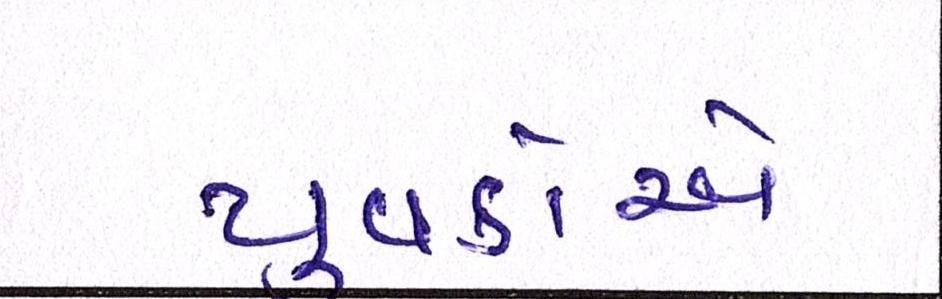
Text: યુવકોએ